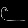
Digit: ၉